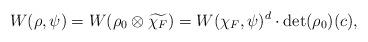
LaTeX: \begin{align*} W(\rho,\psi)=W(\rho_0\otimes\widetilde{\chi_F})=W(\chi_F,\psi)^d\cdot\det(\rho_0)(c), \end{align*}